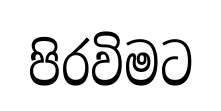
පිරවිමට